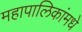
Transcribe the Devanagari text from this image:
महापालिकांमधे